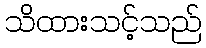
သိထားသင့်သည်